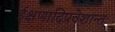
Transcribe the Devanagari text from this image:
ईक्षणादिप्रवेशान्तः